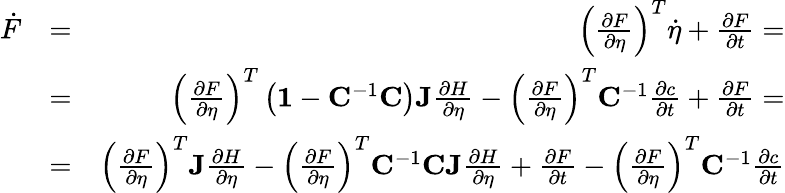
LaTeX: \begin{array}{rlr}{\dot{F}}&{=}&{\left(\frac{\partial F}{\partial\eta}\right)^{T}\dot{\eta}+\frac{\partial F}{\partial t}=}\\ &{=}&{\left(\frac{\partial F}{\partial\eta}\right)^{T}\left(\mathbf{1}-\mathbf{C}^{-1}\mathbf{C}\right)\mathbf{J}\frac{\partial H}{\partial\eta}-\left(\frac{\partial F}{\partial\eta}\right)^{T}\mathbf{C}^{-1}\frac{\partial c}{\partial t}+\frac{\partial F}{\partial t}=}\\ &{=}&{\left(\frac{\partial F}{\partial\eta}\right)^{T}\mathbf{J}\frac{\partial H}{\partial\eta}-\left(\frac{\partial F}{\partial\eta}\right)^{T}\mathbf{C}^{-1}\mathbf{CJ}\frac{\partial H}{\partial\eta}+\frac{\partial F}{\partial t}-\left(\frac{\partial F}{\partial\eta}\right)^{T}\mathbf{C}^{-1}\frac{\partial c}{\partial t}}\end{array}